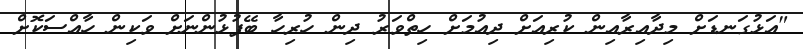
"އަޅުގަނޑަށް މިދާއިރާއިން ކުރިއަށް ދިއުމަށް ހިތްވަރު ދިން ހުރިހާ ބޭފުޅުންނަށް ވަކިން ހާއްސަކޮށް